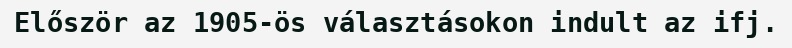
Először az 1905-ös választásokon indult az ifj.